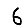
Digit: 6